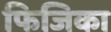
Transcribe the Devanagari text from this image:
फिजिका